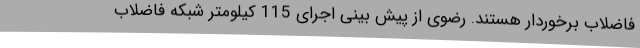
فاضلاب برخوردار هستند. رضوی از پیش بینی اجرای 115 کیلومتر شبکه فاضلاب